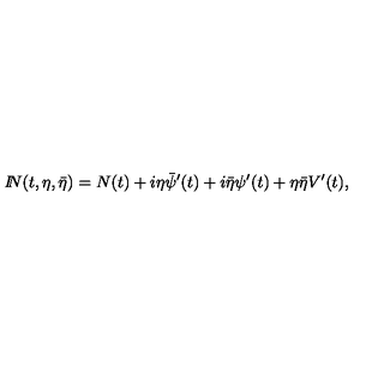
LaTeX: { I \! \! N } ( t , \eta , \bar { \eta } ) = N ( t ) + i \eta \bar { \psi } ^ { \prime } ( t ) + i \bar { \eta } \psi ^ { \prime } ( t ) + \eta \bar { \eta } V ^ { \prime } ( t ) ,